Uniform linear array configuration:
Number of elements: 48
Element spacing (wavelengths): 1
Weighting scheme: binomial
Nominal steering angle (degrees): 0
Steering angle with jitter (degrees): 1.161
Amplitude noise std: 0.05
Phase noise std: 0.05

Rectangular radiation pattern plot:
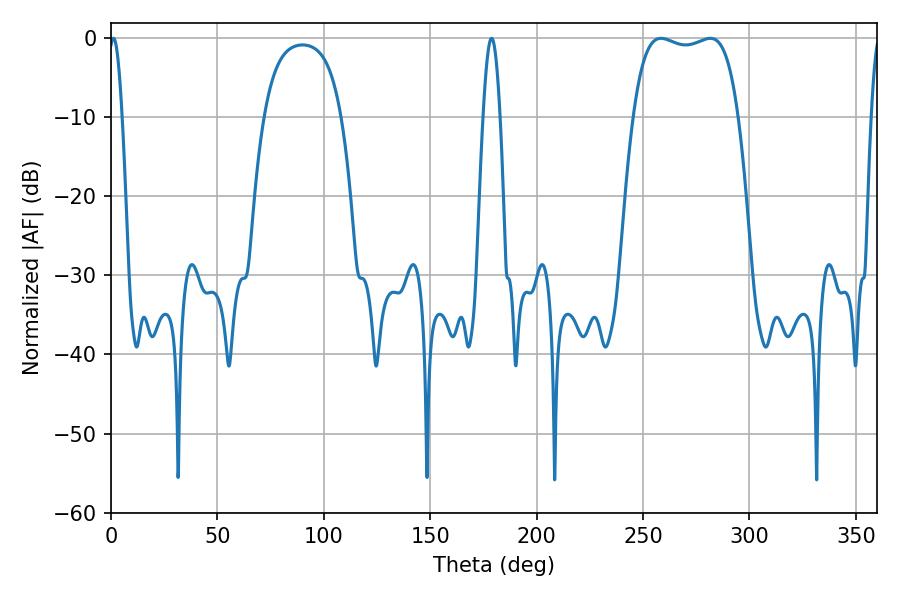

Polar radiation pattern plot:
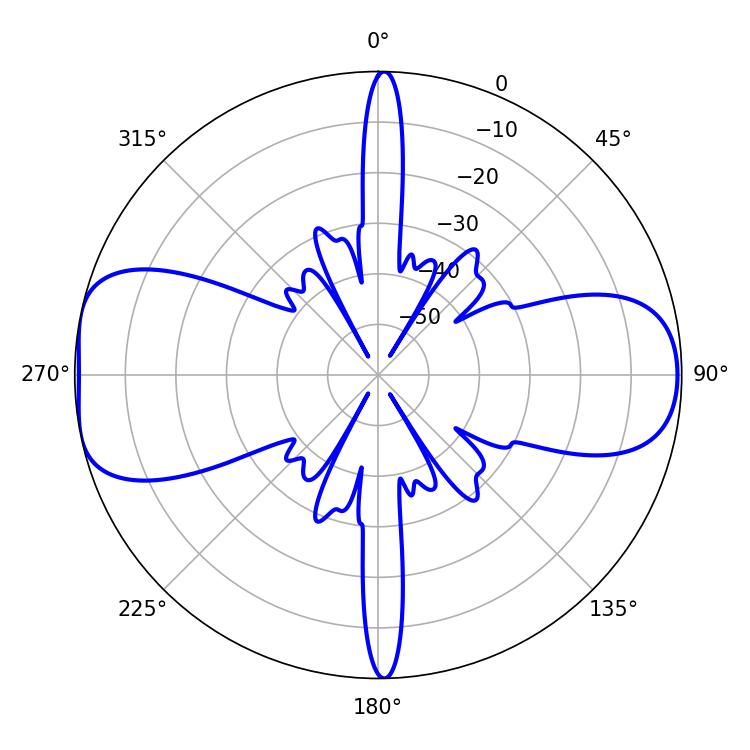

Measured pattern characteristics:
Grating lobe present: TRUE
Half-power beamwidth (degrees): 39.6
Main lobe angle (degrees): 258.48